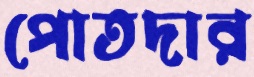
পোতদার